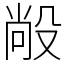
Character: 㲂